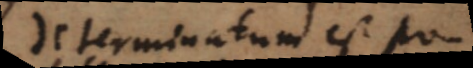
determinatum est AC,